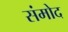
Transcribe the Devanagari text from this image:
संमोद